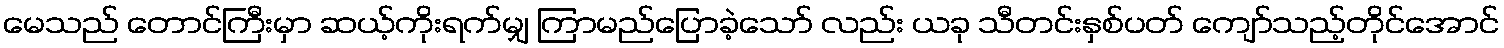
မေသည် တောင်ကြီးမှာ ဆယ့်ကိုးရက်မျှ ကြာမည်ပြောခဲ့သော် လည်း ယခု သီတင်းနှစ်ပတ် ကျော်သည့်တိုင်အောင်